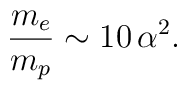
{m_e \over m_p} \sim 10 \, \alpha^2.